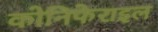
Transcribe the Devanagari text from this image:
कोनिफेराइल